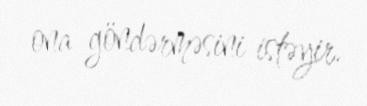
ona göndərməsini istəyir.